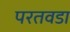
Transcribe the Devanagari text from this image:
परतवडा